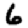
Digit: 6